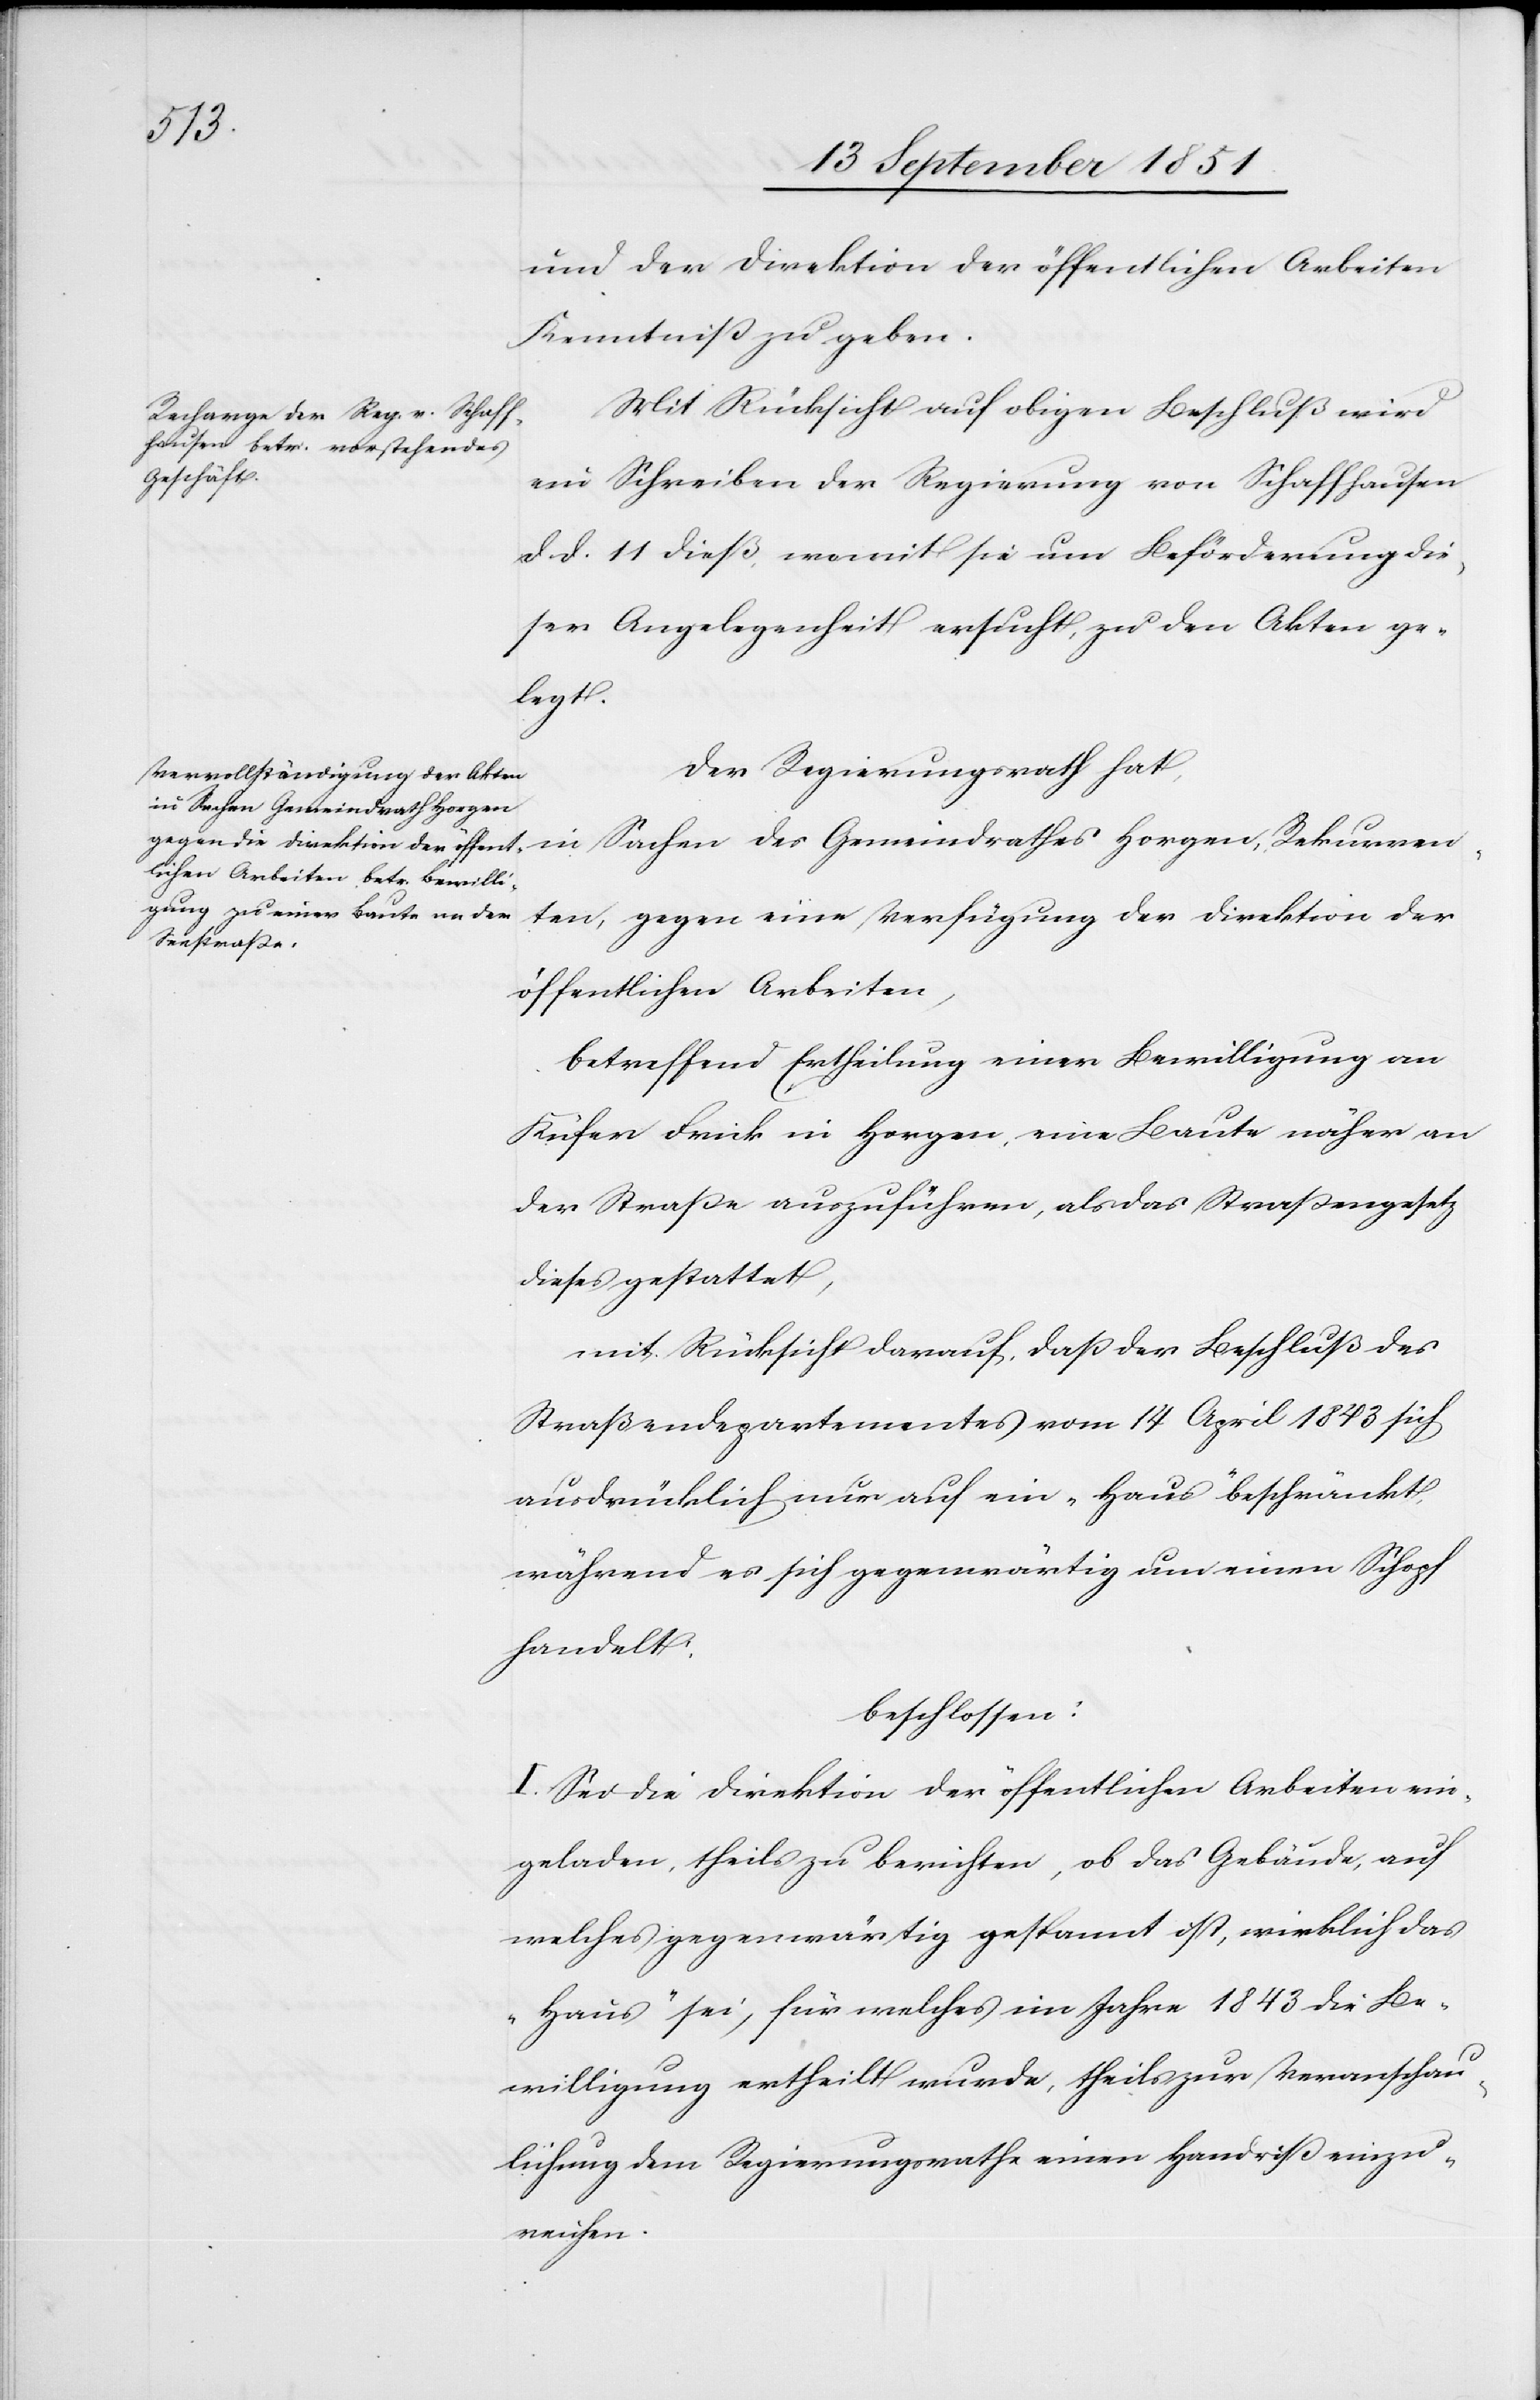
und der Direktion der öffentlichen Arbeiten
Kenntniß zu geben.
Mit Rücksicht auf obigen Beschluß wird
ein Schreiben der Regierung von Schaffhausen
d. d. 11 dieß, womit sie um Beförderung die¬
ser Angelegenheit ersucht, zu den Akten ge¬
legt.
Der Regierungsrath hat,
in Sachen des Gemeindrathes Horgen,
ten, gegen eine Verfügung der Direktion der
öffentlichen Arbeiten,
betreffend Ertheilung einer Bewilligung an
Küfer Frick in Horgen, eine Baute näher an
der Straße auszuführen, als das Straßengesetz
dieses gestattet,
mit Rücksicht darauf, daß der Beschluß des
Straßendepartementes vom 14 April 1843 sich
ausdrücklich nur auf ein „Haus“ beschränkt,
während es sich gegenwärtig um einen Schopf
handelt.
beschlossen:
I. Sei die Direktion der öffentlichen Arbeiten ein¬
geladen, theils zu berichten, ob das Gebäude, auf
welches gegenwärtig gespannt ist, wirklich das
„Haus“ sei, für welches im Jahre 1843 die Be¬
willigung ertheilt wurde, theils zur Veranschau¬
lichung dem Regierungsrathe einen Handriß einzu¬
reichen.